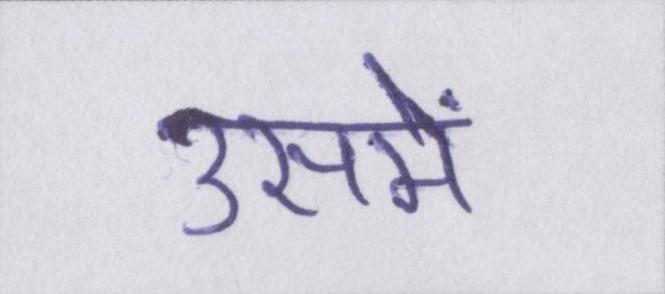
उसमें